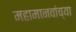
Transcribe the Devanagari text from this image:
महामानवांच्या